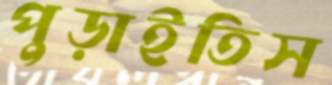
পুড়াইতিস